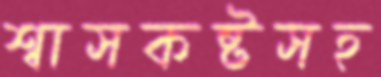
শ্বাসকষ্টসহ